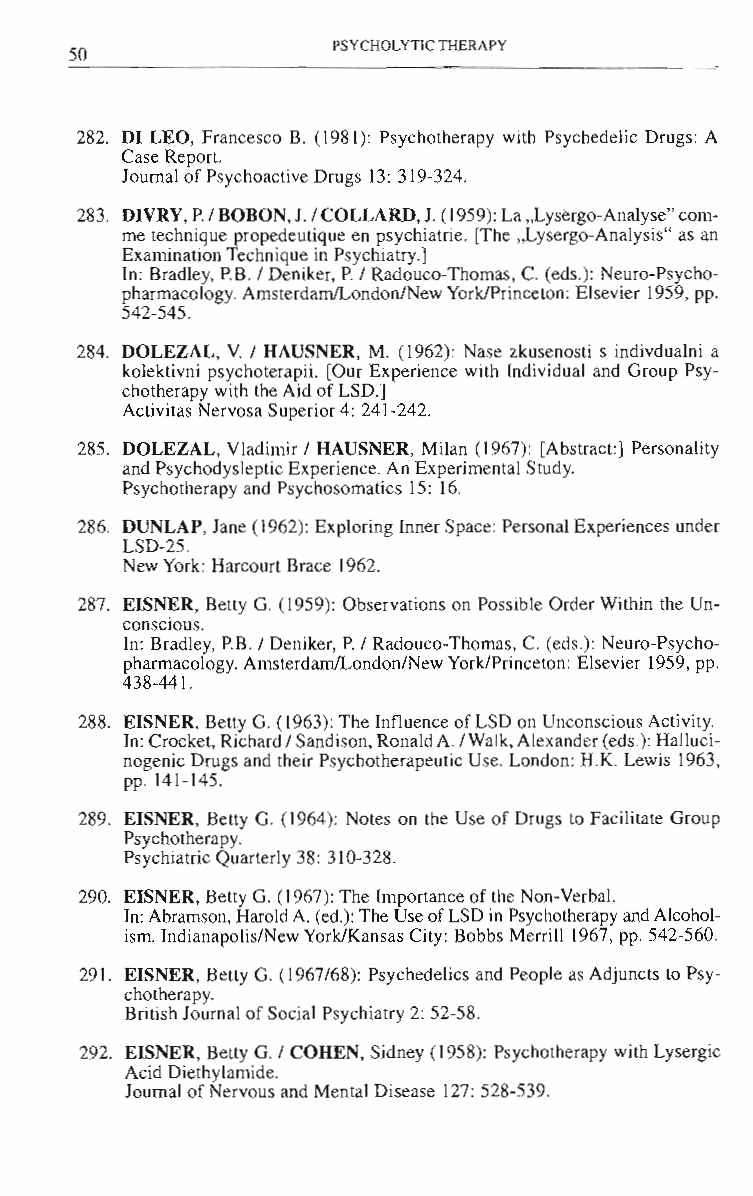
PSYCHOLYTIC THERAPY
 50
 282. Dl LEO, Francesco B. (1981): Psychotherapy with Psychedelic Drugs: A
 Case Report.
 Journal of Psychoactive Drugs 13: 319-324.
 283. DlVRY, P. 1BOBON, J. 1COLLARD, 1. (1959): La "Lysergo-Analyse" com­
 me technique propedeutique en psychiatrie. [The "Lysergo-Analysis" as an
 Examination Technique in Psychiatry.]
 In: Bradley, P.B. 1Deniker, P. 1 Radouco-Thomas, C. (eds.): Neuro-Psycho­
 pharmacology. AmsterdamILondon/New YorklPrinceton: Elsevier 1959, pp.
 542-545.
 284. DOLEZAL, Y. 1 HAUSNER, M. (1962): Nase zkusenosti s indivdualni a
 kolektivni psychoterapii. [Our Experience with Individual and Group Psy­
 chotherapy with the Aid of LSD.]
 Activitas Nervosa Superior 4: 24J-242.
 285. DOLEZAL, Vladimir 1 HAUSNER, Milan (J 967): [Abstract] Personality
 and Psychodysleptic Experience. An Experimental Study.
 Psychotherapy and Psychosomatics 15: 16.
 286. DUNLAP, Jane (1962): Exploring Inner Space: Personal Experiences under
 LSD-25.
 New York: Harcourt Brace 1962.
 287. EISNER, Belly G. (J 959): Observations on Possible Order Within the Un­
 conscious.
 In: Bradley, P.B. 1 Deniker, P. 1 Radouco-Thomas, C. (eds.): Neuro-Psycho­
 pharmacology. AmsterdamILondon/New YorklPrinceton: Elsevier 1959, pp.
 438-441.
 288. EISNER, Betty G. (1963): The Influence of LSD on Unconscious Activity.
 In: Crocket, Richard 1Sandison, Ronald A. IWalk, Alexander (eds.): Halluci­
 nogenic Drugs and their Psychotherapeutic Use. London: H.K. Lewis 1963,
 pp. 141-145.
 289. EISNER, Betty G. (1964): Notes on the Use of Drugs to Facilitate Group
 Psychotherapy.
 Psychiatric Quarterly 38: 310-328.
 290. EISNER, Belly G. (1967): The Importance of the Non-Verbal.
 In: Abramson, Harold A. (ed.): The Use of LSD in Psychotherapy and Alcohol­
 ism. Indianapolis/New YorklKansas City: Bobbs Merrill 1967, pp. 542-560.
 291. EISNER, Betty G. (1967/68) : Psychedelics and People as Adjuncts to Psy­
 chotherapy.
 British Journal of Social Psychiatry 2: 52-58.
 292. EISNER, Betty G. 1 COHEN, Sidney (1958): Psychotherapy with Lysergic
 Acid Diethylamide.
 Journal of Nervous and Mental Disease 127: 528-539.